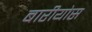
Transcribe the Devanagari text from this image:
बारीयोस